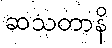
ဆသတာနိ